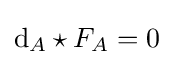
\mathrm {d} _{A}\star F_{A}=0